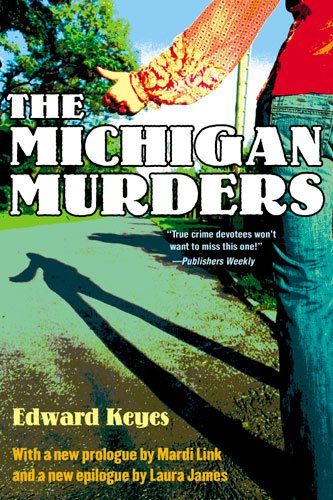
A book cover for The Michigan Murders; Edward Keyes; Biographies & Memoirs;